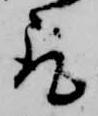
取